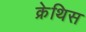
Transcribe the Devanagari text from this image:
क्रेथिस